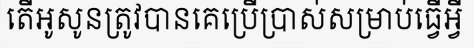
តើអូសូនត្រូវបានគេប្រើប្រាស់សម្រាប់ធ្វើអ្វី